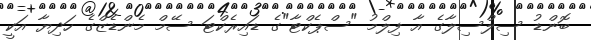
ބޮންޑު ސިލްސިލާގެ އާ ފިލްމު "ސްޕެކްޓާ"ގެ ޑައިރެކްޓަ ސޭމް މެންޑެޒްގެ ހަދިޔާ އަކީ